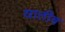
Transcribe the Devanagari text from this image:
यातीव